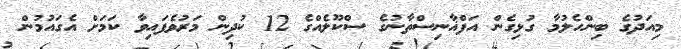
މިއަދުގެ ބިންހެލުމާ ގުޅިގެން އަފްޣާނިސްތާނުގެ ސްކޫލެއްގެ 12 ކުދިން މަރުވެފައިވާ ކަމަށް އެގައުމުން